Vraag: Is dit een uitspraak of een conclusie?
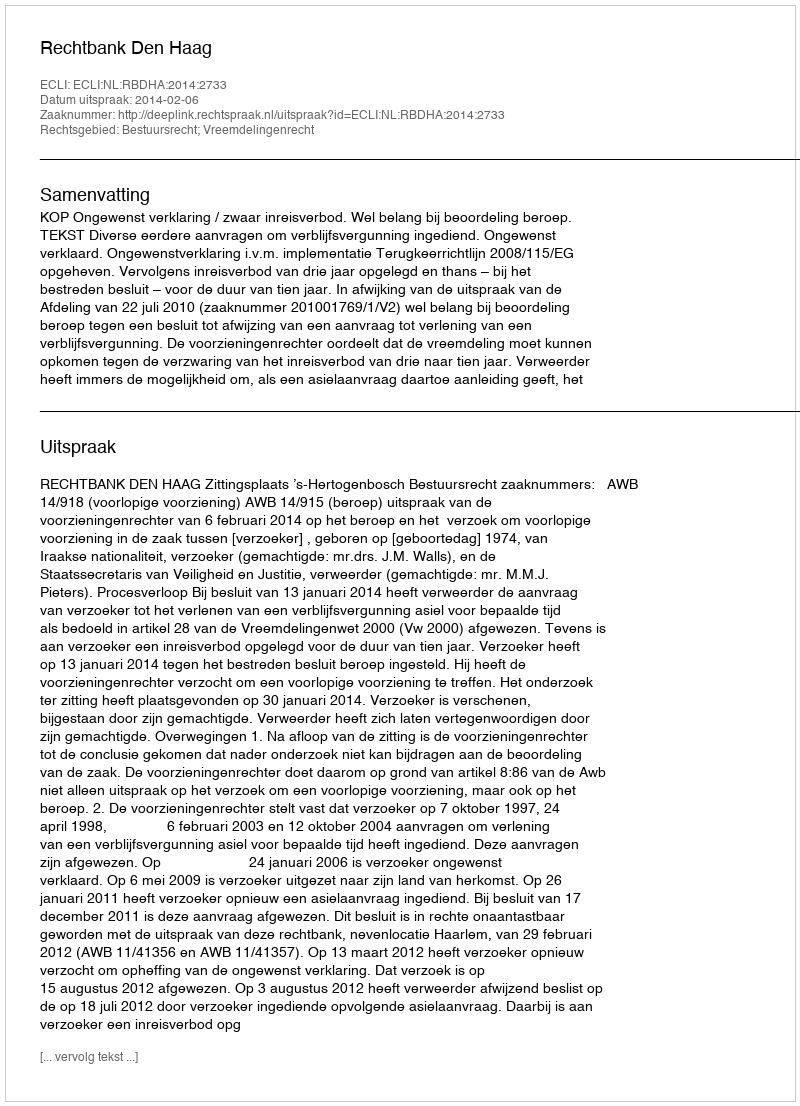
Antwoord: Uitspraak